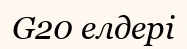
G20 елдері